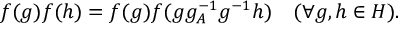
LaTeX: f ( g ) f ( h ) = f ( g ) f ( g g _ { A } ^ { - 1 } g ^ { - 1 } h ) ~ ~ ~ ( \forall g , h \in H ) .